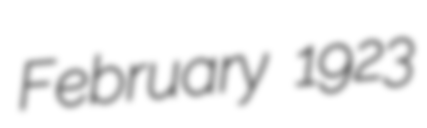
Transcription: February 1923